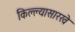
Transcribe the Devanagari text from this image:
किल्ल्यासारखे